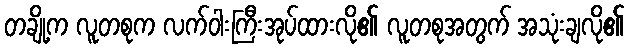
တချို့က လူတစုက လက်ဝါးကြီးအုပ်ထားလို၏ လူတစုအတွက် အသုံးချလို၏